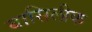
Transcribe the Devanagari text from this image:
बासिलीक